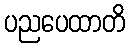
ပညပေထာတိ